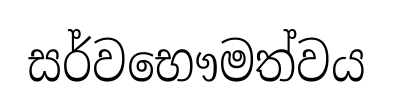
සර්වභෞමත්වය